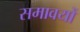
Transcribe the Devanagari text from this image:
समावयों